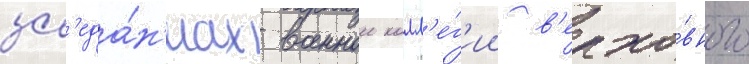
зас'еда́н'иах военнои колл'е́г'ии в'ерхо́вного